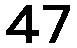
47